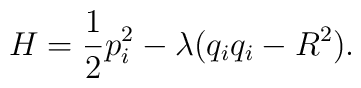
H = \frac 12 p_i^2 - \lambda(q_i q_i - R^2 ).